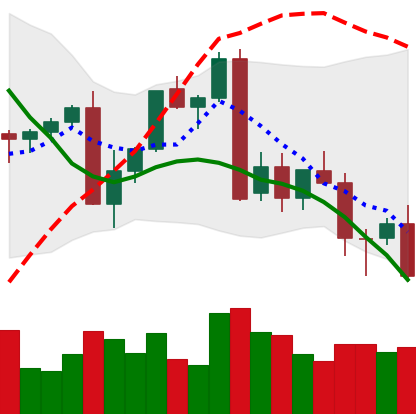
Ticker: XMR-USD
Chart end date: 2022-09-21
Forward return: 7.45%
Label: up_7plus